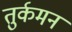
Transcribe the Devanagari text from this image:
तुर्कमन